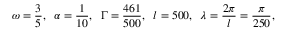
\omega = \frac { 3 } { 5 } , \; \; \alpha = \frac { 1 } { 1 0 } , \; \; \Gamma = \frac { 4 6 1 } { 5 0 0 } , \; \; l = 5 0 0 , \; \; \lambda = \frac { 2 \pi } { l } = \frac { \pi } { 2 5 0 } ,